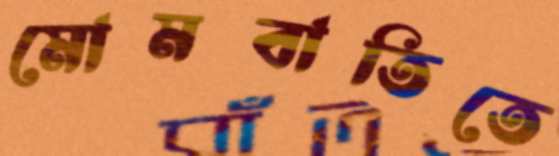
মোমবাতিতে